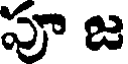
పూ జ